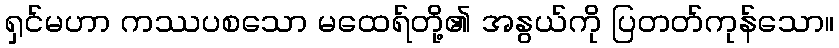
ရှင်မဟာ ကဿပစသော မထေရ်တို့၏ အနွယ်ကို ပြတတ်ကုန်သော။